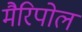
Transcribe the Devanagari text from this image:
मैरिपोल